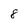
Character: 8